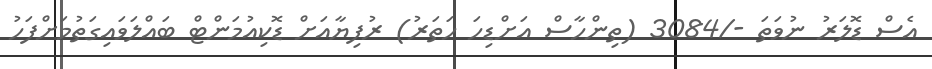
އެސް ޑޮލަރު ނުވަތަ -/3084 (ތިންހާސް އަށްޑިހަ ހަތަރު) ރުފިޔާއަށް ޑޮކިއުމަންޓް ބައްލަވައިގަތުމަށްފަހު